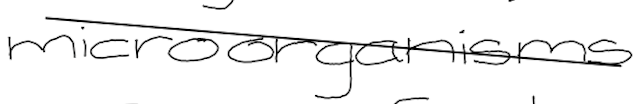
Text: microorganisms
Cross-out: diagonal
Writing tool: digital_black